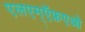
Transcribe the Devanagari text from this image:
एलएम्ऍफ़एओ